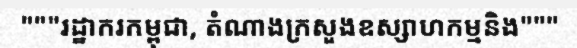
"""រដ្ឋាករកម្ពុជា, តំណាងក្រសួងឧស្សាហកម្មនិង"""